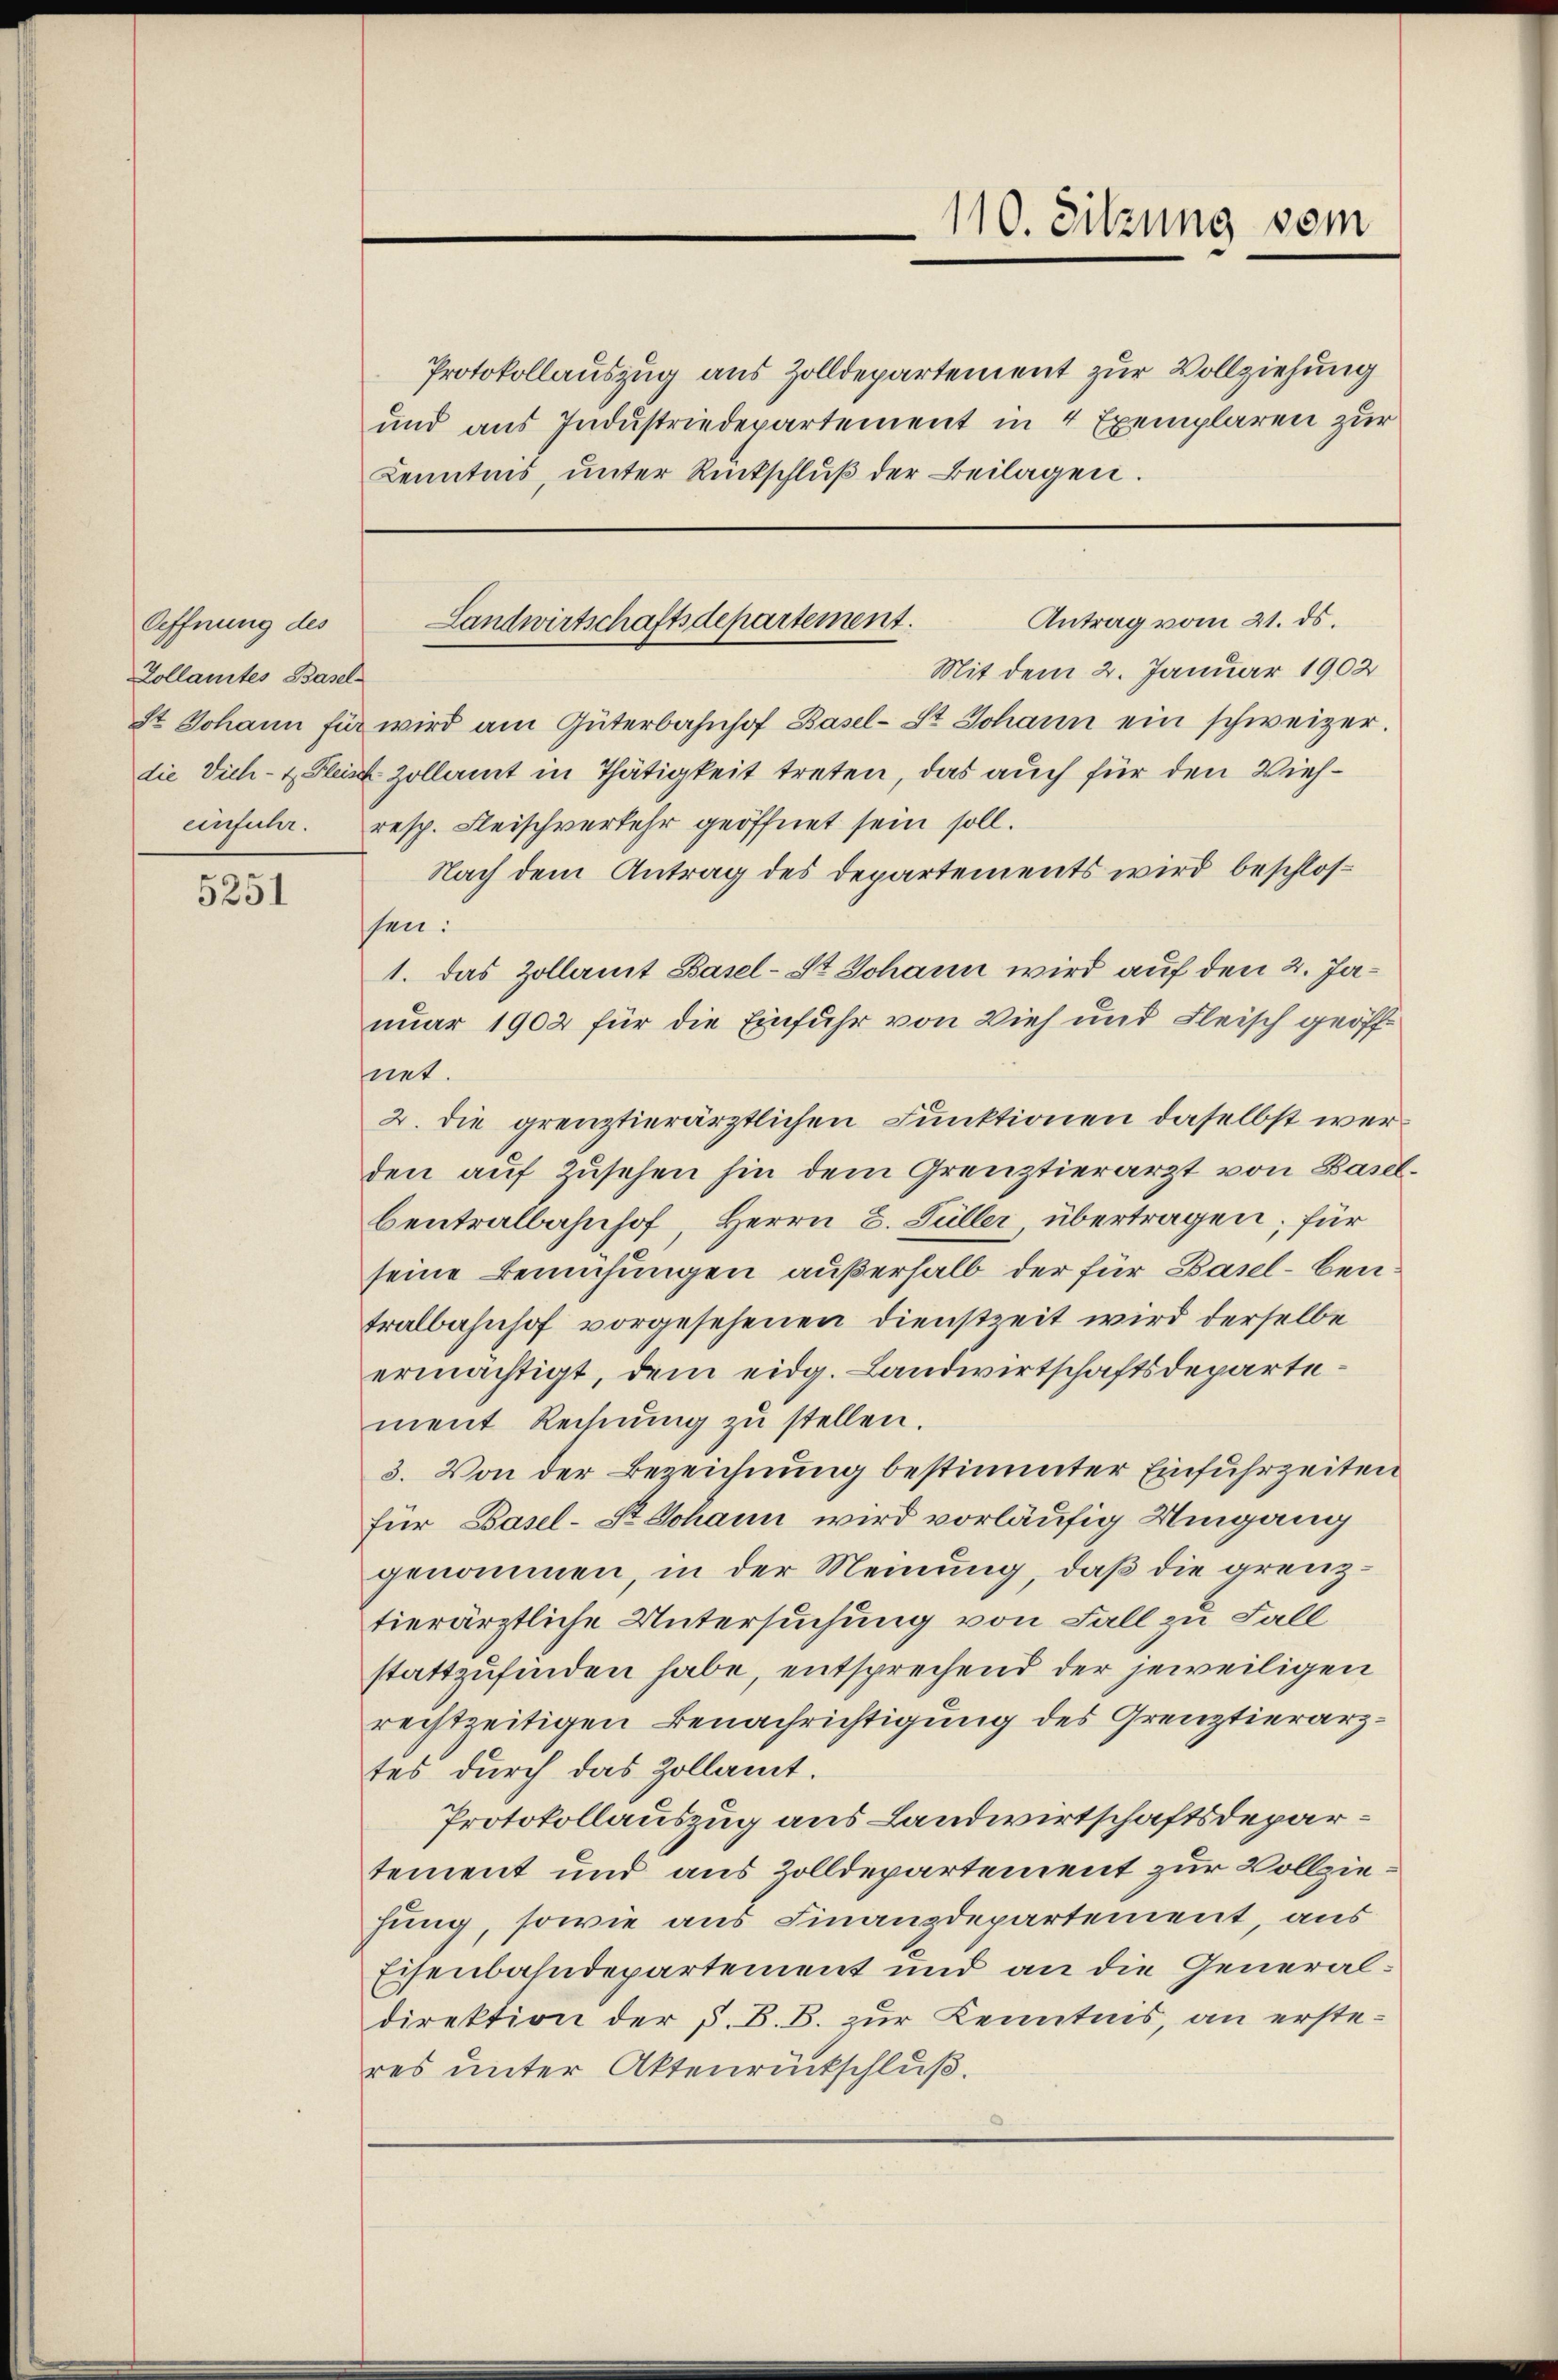
Oeffnung des
Zollamtes Basel
einfuhr.

5251

Protokollauszug aus Zolldepartement zur Vollziehung
und aus Industriedepartement in 4 Exemplaren zur
Kenntnis, ŭnter Rückschlŭβ der Beilagen.

110. Sitzung vom

Antrag vom 21. ds.
Landwirtschaftsdepartement.

Mit dem 2. Januar 1902
st Johann für wird am Güterbahnhof Basel-St. Johann ein schweizer.
die Vich- & Fleist Zollamt in Thätigkeit treten, das auch für den Vieh¬
resp. Fleischverkehr geöffnet sein soll.
Nach dem Antrag des Departements wird beschlosssen:
1. Das Zollamt Basel-St. Johann wird auf den 2. Januar 1902 für die Einfuhr von Vieh und Fleisch geöfffnet.
2. die grenztierärztlichen Funktionen daselbst werden auf Zusehen hin dem Grenztierarzt von Basel.
bentralbahnhof, Herrn C. Füller, übertragen; für
seine Bemühungen außerhalb der für Baselben
tralbahnhof vorgesehenen Dienstzeit wird derselbe
ermächtigt, dem eidg. Landwirtschaftsdepartement Rechnŭng zŭ stellen.
3. Von der Bezeichnung bestimmter Einfuhrzeiten
für Basel-St Johann wird vorläufig Umgang
genommen, in der Meinung, daß die grenztierärztliche Untersuchung von Fall zu Fall
stattzufinden habe, entsprechend der jeweiligen
rechtzeitigen Benachrichtigung des Grenztierarztes durch das Zollamt.
Protokollauszug aus Landwirtschaftsdepartement und aus Zolldepartement zur Vollziehung, sowie aus Finanzdepartement, aus
Eisenbahndepartement und an die Generaldirektion der s. B. B. zur Kenntnis, an ersteres unter Aktenrückschluß.